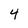
Character: 4